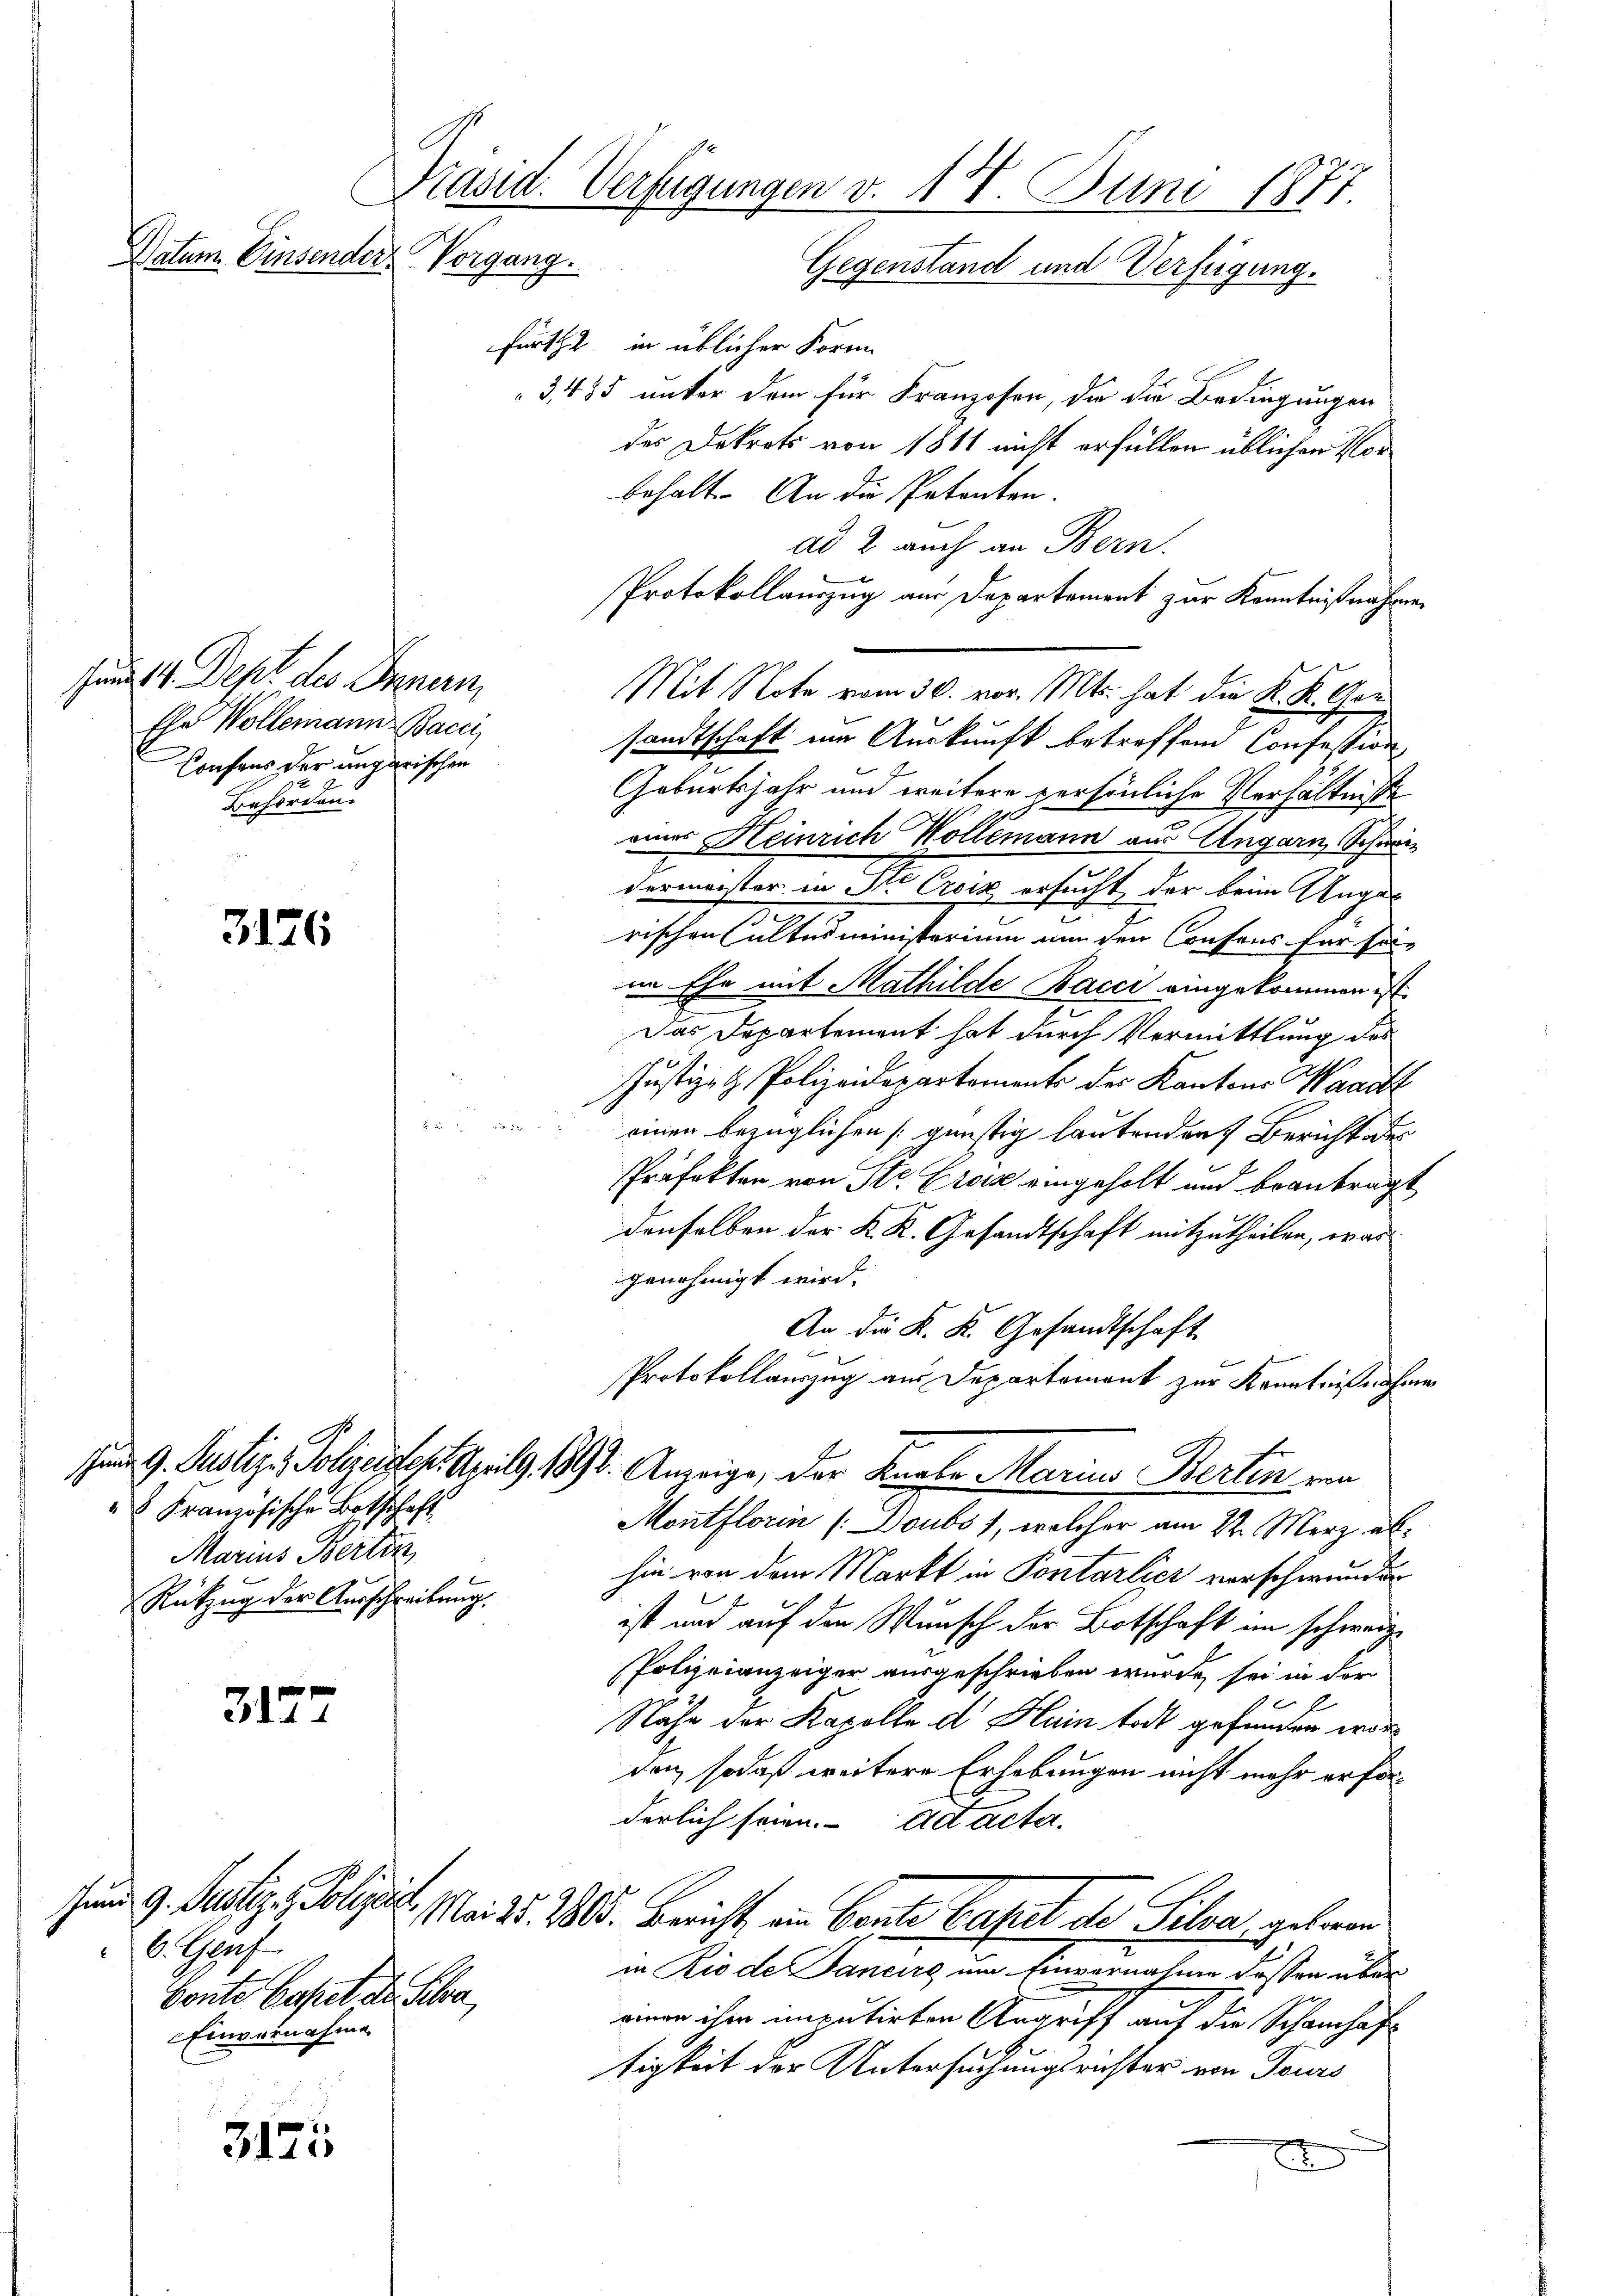
fürth in üblicher Forme
3,455 unter dem für Franzosen, die die Bedingungen
des Dekrets von 1811 nicht erfüllen üblichen Vorbehalt. An die Petenten.
ad 2 auch an Bern.
Protokollauszug aus Departement zur Kenntnißnahme
Mit Note vom 30. vor. Mts. hat die K. K. Gen
sandtschaft im Auskunft betreffend Confession
Geburtsjahr und weitere persönliche Verhältnisse
einer Heinrich Hollemann aus Ungarn Schweidermeister in St. Croix ersucht, der beim Augar
rischen altesministerium um den Consens für sei-
im Ehe mit Mathilde Bacci eingekommen ist
Das Departement hat durch Vermittlung des
Justiz- & Polizeidepartements des Kantons Waadt
 einen bezüglichen günstig lautenden Bericht des
Präfektor von Str. Croix eingeholt und beantragt
denselben der K. K. Gesandtschaft mitzutheilen, was
genehmigt wird.
An die K. K. Gesandtschaft
Protokollauszug aus Departement zur Kenntnißnahmen
 9. Justiz, Polizeistes. April 1890. Anzeige, der Knabe Marius Berten von
Montflorin (Doubs), welcher am 22. März abhin von dem Markt in Pontarlicz verschwunden
ist und auf den Wunsch der Botschaft im schweiz.
Polizeianzeiger ausgeschrieben wurde sei in der
Nähe der Kapelle d Hain todt gefunden word
den, sodaß weitere Erhebungen nicht mehr erforderlich seien. Act acta.
Mai 15. 28. Bericht ein Bente Capel der Silva, geboren
in Rio de Sancirg um Einvernahme dessen über
ainen ihm imputirten Angriff auf die Schamhaf
tigkeit der Untersuchungsrichter von Feurs
e

sund 14. Dept des Innern,
Ese Wollemann Bacci
Konsens der ungarischen
Behörden.

Präsid. Verfügungen v. 18. Juni 1877
Datum. Einsender Vorgang.
Gegenstand und Verfügung.

3126

3177

3175

" Französische Botschaft
Maris Bertin
Rükzug der Ausschreibung.

und 9. Justiz, Polizeia
6. Genf
Bonte Caset der Schra
Einvernahme